Anatomy and histology of ticks - Number 23
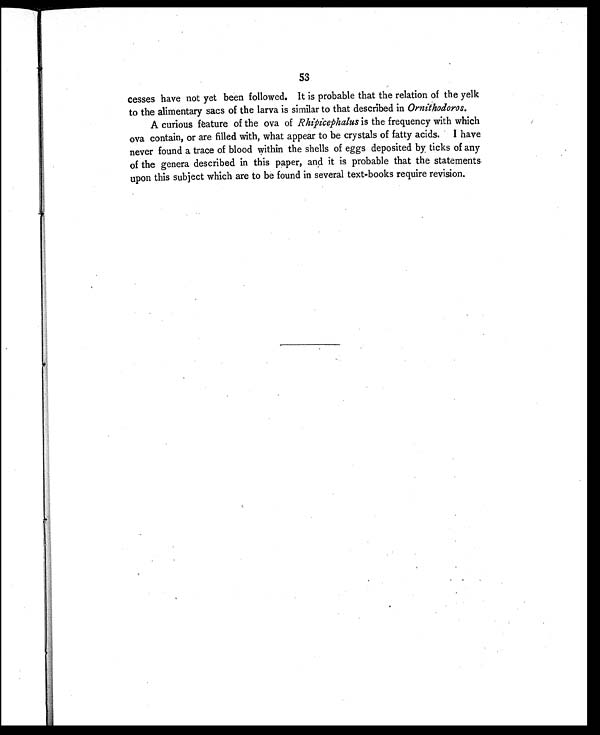
53
cesses have not yet been followed. It is probable that the relation of the yelk
to the alimentary sacs of the larva is similar to that described in Ornithodoros.
A curious feature of the ova of Rhipicephalus is the frequency with which
ova contain, or are filled with, what appear to be crystals of fatty acids. I have
never found a trace of blood within the shells of eggs deposited by ticks of any
of the genera described in this paper, and it is probable that the statements
upon this subject which are to be found in several text-books require revision.